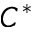
C ^ { * }